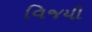
વિજયી